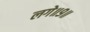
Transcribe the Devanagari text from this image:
लगे॥९॥